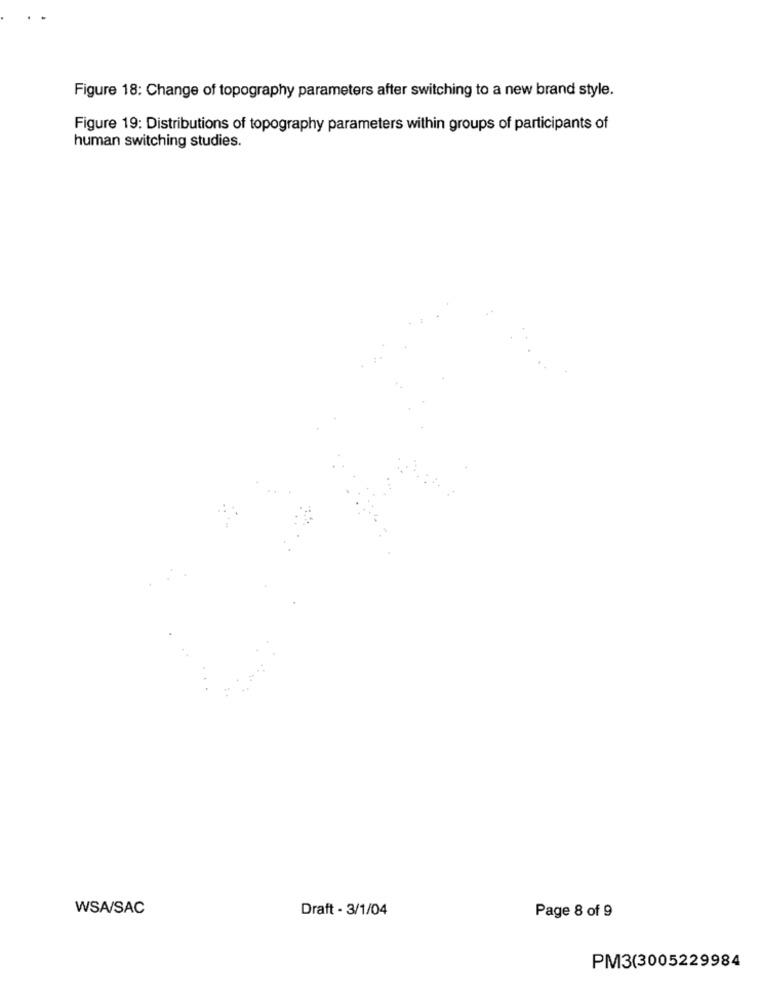
Figure 18: Change of topography parameters after switching to a new brand style.
Figure 19: Distributions of topography parameters within groups of participants of
human switching studies.
WSA/SAC
Draft - 3/1/04
Page 8 of 9
PM3(3005229984